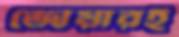
জোয়ারই